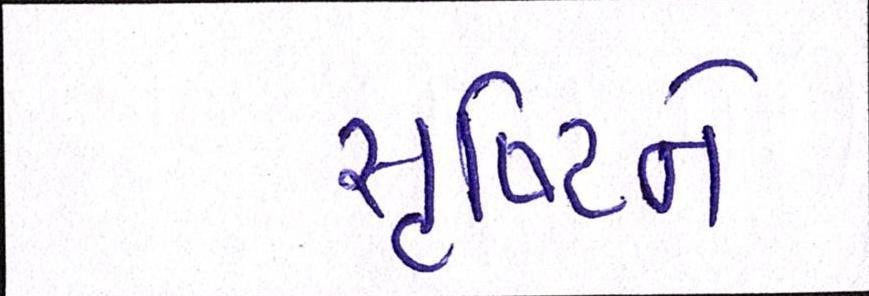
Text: સૃષ્ટિને